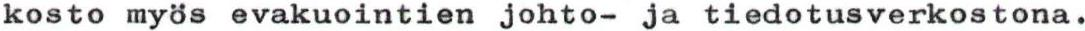
kosto myös evakuointien johto- ja tiedotusverkostona.